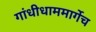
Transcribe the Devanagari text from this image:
गांधीधाममार्गेच